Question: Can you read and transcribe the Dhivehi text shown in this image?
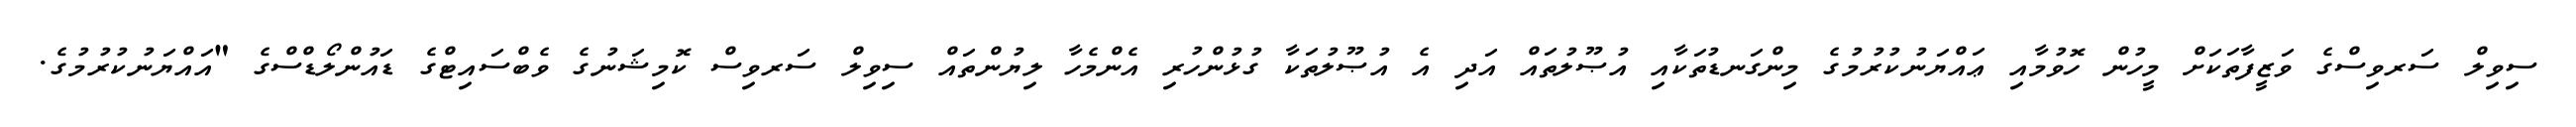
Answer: ސިވިލް ސަރވިސްގެ ވަޒީފާތަކަށް މީހުން ހޮވުމާއި ޢައްޔަނުކުރުމުގެ މިންގަނޑުތަކާއި އުޞޫލުތައް އަދި އެ އުޞޫލުތަކާ ގުޅުންހުރި އެންމެހާ ލިޔުންތައް ސިވިލް ސަރވިސް ކޮމިޝަނުގެ ވެބްސައިޓްގެ ޑައުންލޯޑްސްގެ "އައްޔަނުކުރުމުގެ.